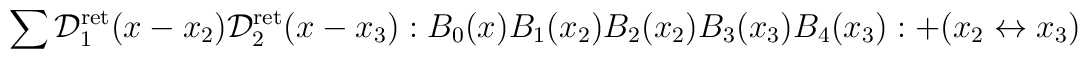
\sum \mathcal{D}^{\mathrm{ret}}_1(x-x_2)\mathcal{D}^{\mathrm{ret}}_2(x-x_3):B_0(x)B_1(x_2)B_2(x_2)B_3(x_3)B_4(x_3):+(x_2\leftrightarrow x_3)